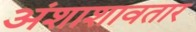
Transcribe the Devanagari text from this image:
अंशाशावतार